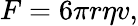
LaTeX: F=6\pi r\eta v,